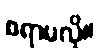
စရာမလို။